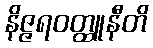
နိဇ္ဇရဝတ္ထူနီတိ